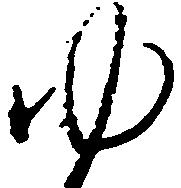
ゆ